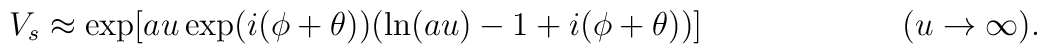
V_s \approx \exp[au\exp(i(\phi +\theta))(\ln(au)-1+i(\phi +\theta))] \hspace{1in}(u\rightarrow\infty).